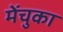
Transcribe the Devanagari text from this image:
मेंचुका